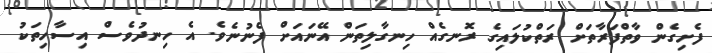
ފެށިގެން ވާތްފަރާތަށް ރަތްކުލައިގެ ރޮނގެއް ހިނގާލިތަން އޭނައަށް ފެނުނެވެ. އެ ހިނދުވެސް އިސާހިތަކު